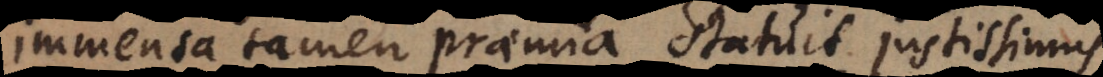
immensa tamen praemia statuit justissimus